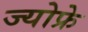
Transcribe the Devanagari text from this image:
ज्योफ्रे